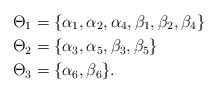
LaTeX: \begin{align*} \Theta_1&=\{\alpha_1,\alpha_2,\alpha_4,\beta_1,\beta_2,\beta_4\}\\ \Theta_2&=\{\alpha_3,\alpha_5, \beta_3,\beta_5\}\\ \Theta_3&=\{\alpha_6, \beta_6\}. \end{align*}